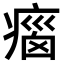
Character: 𤷻